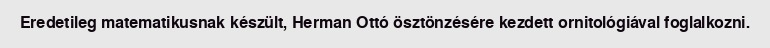
Eredetileg matematikusnak készült, Herman Ottó ösztönzésére kezdett ornitológiával foglalkozni.